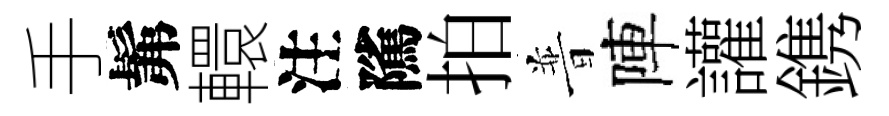
手髴轘注隲拍普陣讙鎸